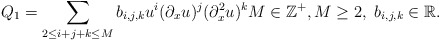
\begin{align*}Q_1 = \sum_{2 \leq i+j+k \leq M} b_{i,j,k} u^i(\partial_xu)^j(\partial_x^2u)^kM\in\mathbb{Z}^+, M \geq 2,\ b_{i,j,k}\in\mathbb{R}.\end{align*}